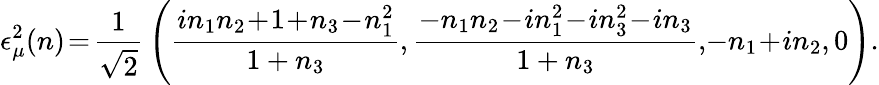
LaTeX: \epsilon_{\mu}^{2}(n)\! =\! {\frac{1}{\sqrt{2}}}\left({\frac{in_{1}n_{2}\! +\! 1\! +\! n_{3}\! -\! n_{1}^{2}}{1+n_{3}}},{\frac{-n_{1}n_{2}\! -\! in_{1}^{2}\! -\! in_{3}^{2}\! -\! in_{3}}{1+n_{3}}},\! -n_{1}\! +\! in_{2},0\right).